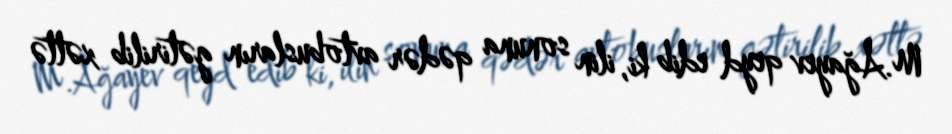
M.Ağayev qeyd edib ki, ilin sonuna qədər avtobusların gətirilib xəttə